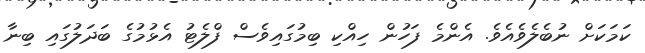
ކަމަކަށް ނުބެލެވެއެވެ. އެންމެ ފަހުން ހިއްކި ބިމުގައިވެސް ފްލެޓު އެޅުމުގެ ބަދަލުގައި ބިނާ